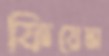
ফিয়েস্তা